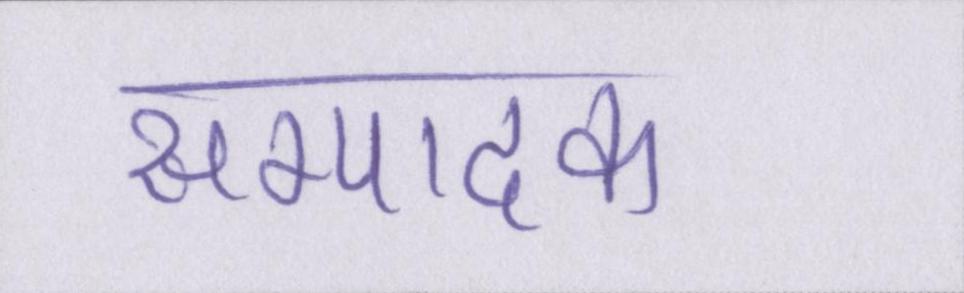
सम्पादक